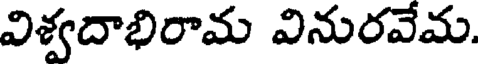
విశ్వదాభిరామ వినురవేమ.